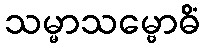
သမ္မာသမ္ဗောဓိံ